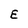
Character: E